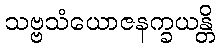
သဗ္ဗသံယောဇနက္ခယန္တိ